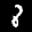
Label: 8